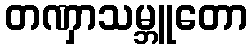
တဏှာသမ္ဘူတော